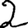
Digit: 2